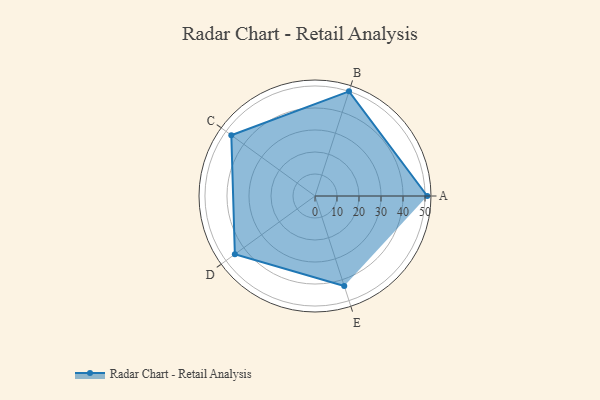
{"axis": {"x": "Skill", "y": "Score"}, "legend": ["Profile"], "data": [{"x": "A", "y": 51.0, "type": "Profile"}, {"x": "B", "y": 50.0, "type": "Profile"}, {"x": "C", "y": 47.0, "type": "Profile"}, {"x": "D", "y": 45.0, "type": "Profile"}, {"x": "E", "y": 43.0, "type": "Profile"}]}